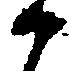
可